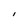
Character: i